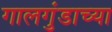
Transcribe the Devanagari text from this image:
गालगुंडाच्या